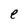
Character: e